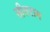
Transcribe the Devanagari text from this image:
सीतराम